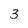
Character: 3